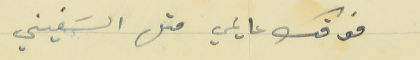
فوقك عايمي متل السَفيني